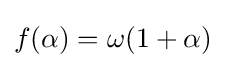
f(\alpha )=\omega (1+\alpha )